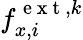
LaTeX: f_{x,i}^{\mathrm{~e~x~t~},k}